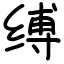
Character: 缚